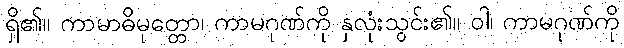
ရှိ၏။ ကာမာဓိမုတ္တော၊ ကာမဂုဏ်ကို နှလုံးသွင်း၏။ ဝါ၊ ကာမဂုဏ်ကို